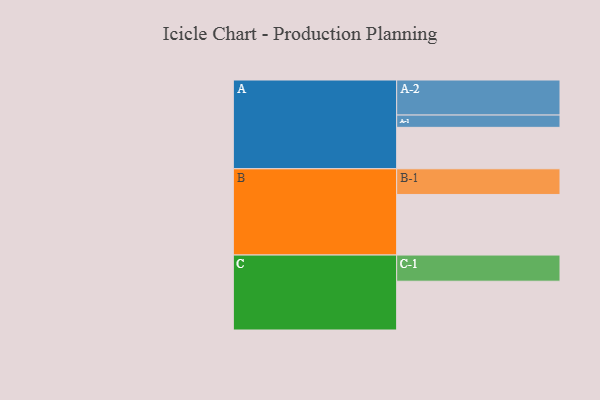
{"axis": {"x": "Segment", "y": "Value"}, "legend": ["", "A", "B", "C"], "data": [{"x": "A", "y": 344, "type": ""}, {"x": "B", "y": 503, "type": ""}, {"x": "C", "y": 405, "type": ""}, {"x": "A-1", "y": 102, "type": "A"}, {"x": "A-2", "y": 291, "type": "A"}, {"x": "B-1", "y": 213, "type": "B"}, {"x": "C-1", "y": 217, "type": "C"}]}